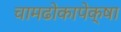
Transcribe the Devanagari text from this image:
चामढोकापेक्षा